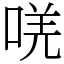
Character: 唴